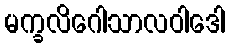
မက္ခလိဂေါသာလဝါဒေါ